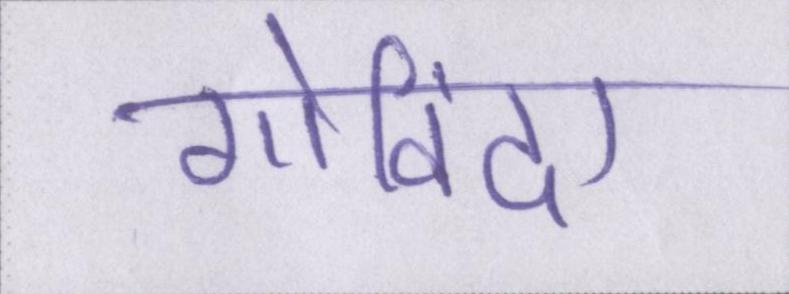
गोविंदा